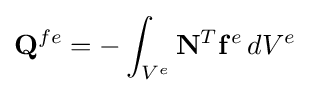
\mathbf {Q} ^{fe}=-\int _{V^{e}}\mathbf {N} ^{T}\mathbf {f} ^{e}\,dV^{e}